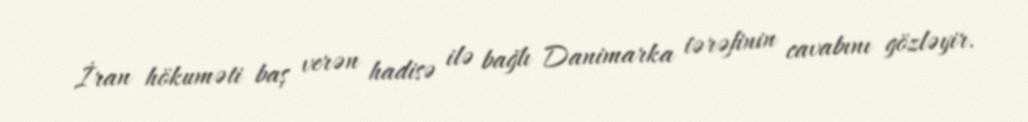
İran hökuməti baş verən hadisə ilə bağlı Danimarka tərəfinin cavabını gözləyir.